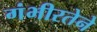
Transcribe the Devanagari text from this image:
गंभीरतेने